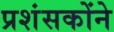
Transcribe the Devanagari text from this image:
प्रशंसकोंने